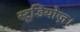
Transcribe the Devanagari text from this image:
स्टूडियोज़।